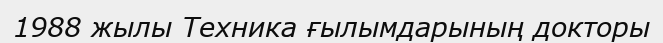
1988 жылы Техника ғылымдарының докторы